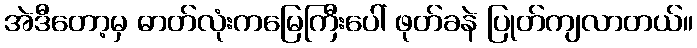
အဲဒီတော့မှ ဓာတ်လုံးကမြေကြီးပေါ် ဖုတ်ခနဲ ပြုတ်ကျလာတယ်။